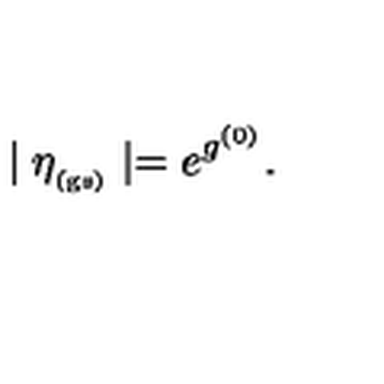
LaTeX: \mid \eta _ { _ \mathrm { ( g s ) } } \mid = e ^ { g ^ { ( 0 ) } } .